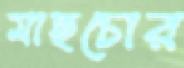
মাছচোর